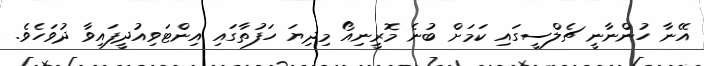
އޭނާ ހުންނާނީ ޗެލްސީގައި ކަމަށް ބުނެ މޮރީނިއޯ މިދިޔަ ހަފުތާގައި އިންޓަވިއުދީފައިވާ ދުވަހެވެ.